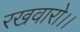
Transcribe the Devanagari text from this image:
रखवारो।।